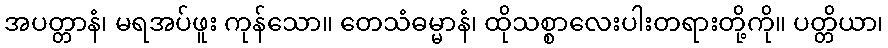
အပတ္တာနံ၊ မရအပ်ဖူး ကုန်သော။ တေသံဓမ္မာနံ၊ ထိုသစ္စာလေးပါးတရားတို့ကို။ ပတ္တိယာ၊